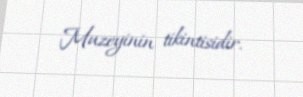
Muzeyinin tikintisidir.